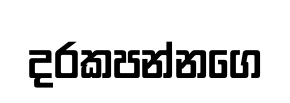
දරකපන්නගෙ